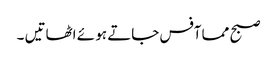
صبح مما آفس جاتے ہو ئے اٹھاتیں ۔